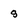
Character: g